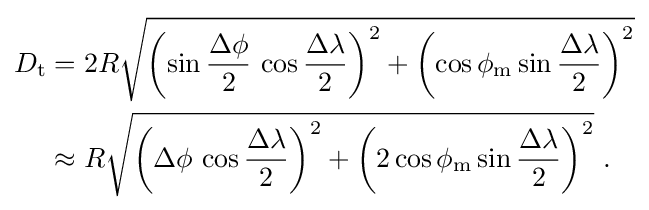
{\begin{aligned}D_{\textrm {t}}&=2R{\sqrt {\left(\sin {\frac {\Delta \phi }{2}}\,\cos {\frac {\Delta \lambda }{2}}\right)^{2}+\left(\cos \phi _{\textrm {m}}\sin {\frac {\Delta \lambda }{2}}\right)^{2}}}\\&\approx R{\sqrt {\left(\Delta \phi \,\cos {\frac {\Delta \lambda }{2}}\right)^{2}+\left(2\cos \phi _{\textrm {m}}\sin {\frac {\Delta \lambda }{2}}\right)^{2}}}\ .\end{aligned}}